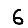
Digit: 6